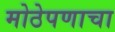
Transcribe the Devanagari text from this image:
मोठेपणाचा